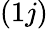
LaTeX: (1j)